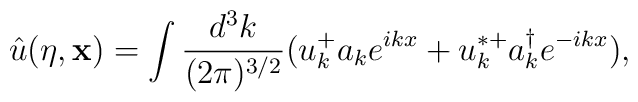
{\hat u}(\eta,{ \bf x}) = \int \frac{d^3k}{(2 \pi)^{3/2} } (u_k^+ a_ke^{ikx} + u_k^{* +} a_k^{\dagger} e^{-ikx}),